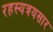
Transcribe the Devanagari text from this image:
रहस्यत्रयसार